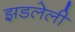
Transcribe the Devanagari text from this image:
झडलेली